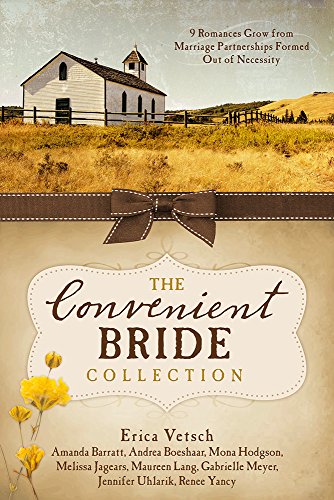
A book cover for The Convenient Bride Collection: 9 Romances Grow from Marriage Partnerships Formed Out of Necessity; Amanda Barratt; Romance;